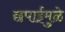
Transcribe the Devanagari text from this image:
छपाईमुळे